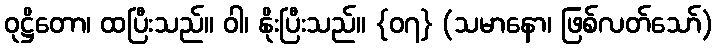
ဝုဋ္ဌိတော၊ ထပြီးသည်။ ဝါ၊ နိုးပြီးသည်။ {၀၇} (သမာနော၊ ဖြစ်လတ်သော်)